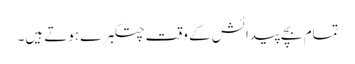
تمام بچے پیدائش کے وقت چتکبرے ہوتے ہیں۔